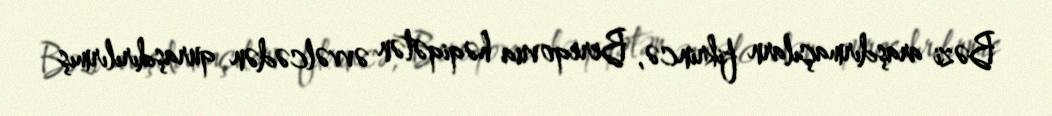
Bəzi araşdırmaçılarn fikrincə, Bereqovua həqiqətən əvvəlcədən quraşdırılırmış